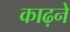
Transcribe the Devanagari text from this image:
काढ़ने